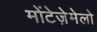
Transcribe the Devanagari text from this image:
मोंटेजे़मेलो